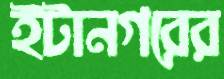
ইটানগরের